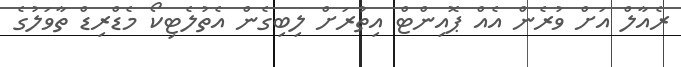
ރެއާލް އަށް ވުރެން އެއް ޕޮއިންޓް އިތުރަށް ލިބިގެން އެތުލެޓިކޯ މެޑްރިޑް ތާވަލުގެ